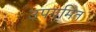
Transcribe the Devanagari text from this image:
उपगमित